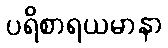
ပရိစာရယမာနာ